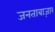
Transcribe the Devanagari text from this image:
जनताबाज़ार